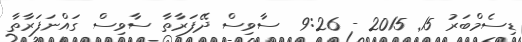
ޑިސެމްބަރު 15